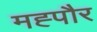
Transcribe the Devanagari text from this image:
मह्पौर